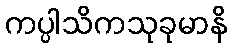
ကပ္ပါသိကသုခုမာနိ